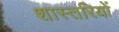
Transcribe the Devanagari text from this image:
शास्तरियों